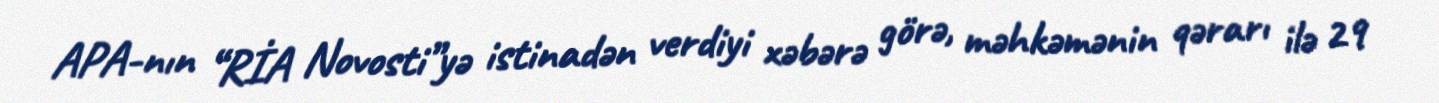
APA-nın “RİA Novosti”yə istinadən verdiyi xəbərə görə, məhkəmənin qərarı ilə 29